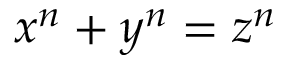
x ^ { n } + y ^ { n } = z ^ { n }